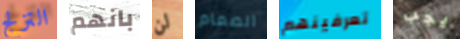
التزلج بانهم لن الصمام تعرفينهم يجب